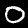
Digit: 0